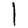
Digit: 1